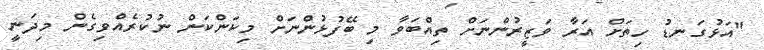
"އަޅުގަނޑު ހިތަށް އަރާ ވަޒީރުންނަށް ތިއްބަވާ މި ބޭފުޅުންނަށް މިކަންކަން ނުކުރެއްވިގެން މިދަނީ